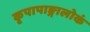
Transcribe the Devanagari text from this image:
कृपापाङ्गालोकं